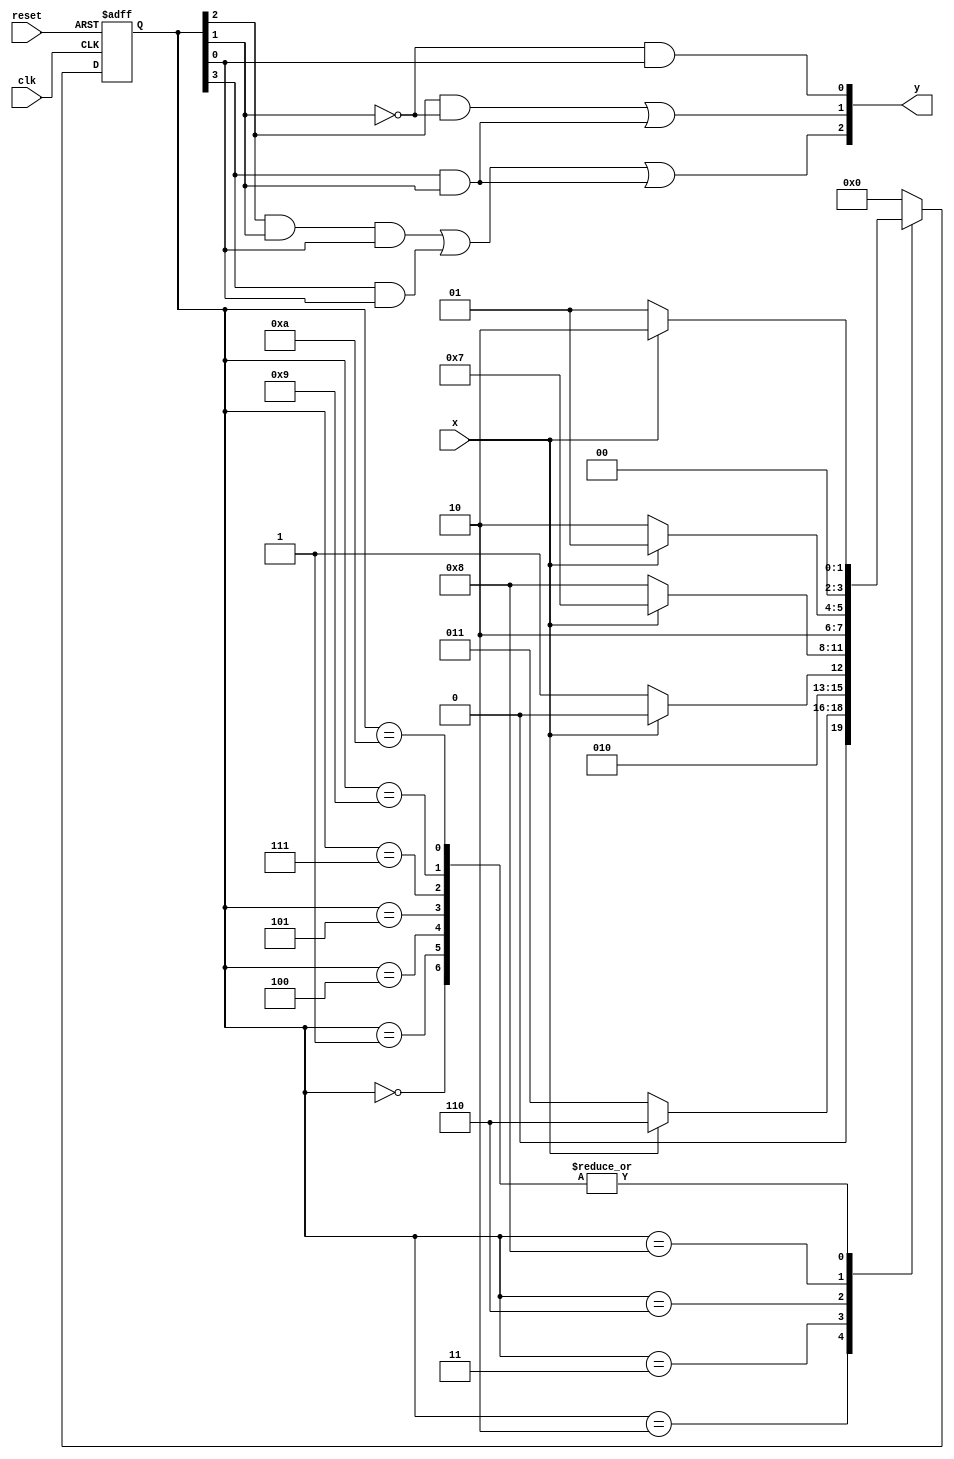
module huffman_decoder (
	output [2:0] y,
	input x,
	input clk,
	input reset
);
reg [3:0] state;

parameter S0 = 4'b0000, S1 = 4'b0001, S2 = 4'b0010, S3 = 4'b0011, S4 = 4'b0100, S5 = 4'b0101, S6 = 4'b0110, S7 = 4'b0111, S8 = 4'b1000, S9 = 4'b1001, S10 = 4'b1010;

always@ (posedge clk or posedge reset)
if (reset == 1) state <= S0;
else case (state)
S0: if(x) state <= S2; else state <= S1;
S1: if(x) state <= S2; else state <= S1;
S2: if(x) state <= S6; else state <= S3;
S3: if(x) state <= S4; else state <= S5;
S4: if(x) state <= S2; else state <= S1;
S5: if(x) state <= S2; else state <= S1;
S6: if(x) state <= S7; else state <= S8;
S7: if(x) state <= S2; else state <= S1;
S8: if(x) state <= S9; else state <= S10;
S9: if(x) state <= S2; else state <= S1;
S10: if(x) state <= S2; else state <= S1;
default: state <= S0;
endcase

assign y[2] = (state[2]&state[1]&state[0]) | (state[3]&state[0]) | (state[3]&state[1]);
assign y[1] = (state[2]&(~state[1])) | (state[3]&state[1]);
assign y[0] = (~state[1])&state[0];
endmodule